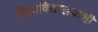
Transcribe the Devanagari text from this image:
विश्वविद्यालयाशी